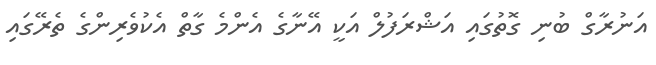
އަނުރާގް ބުނި ގޮތުގައި އަޝްރަފުލް އަކީ އޭނާގެ އެންމެ ގާތް އެކުވެރިންގެ ތެރޭގައި